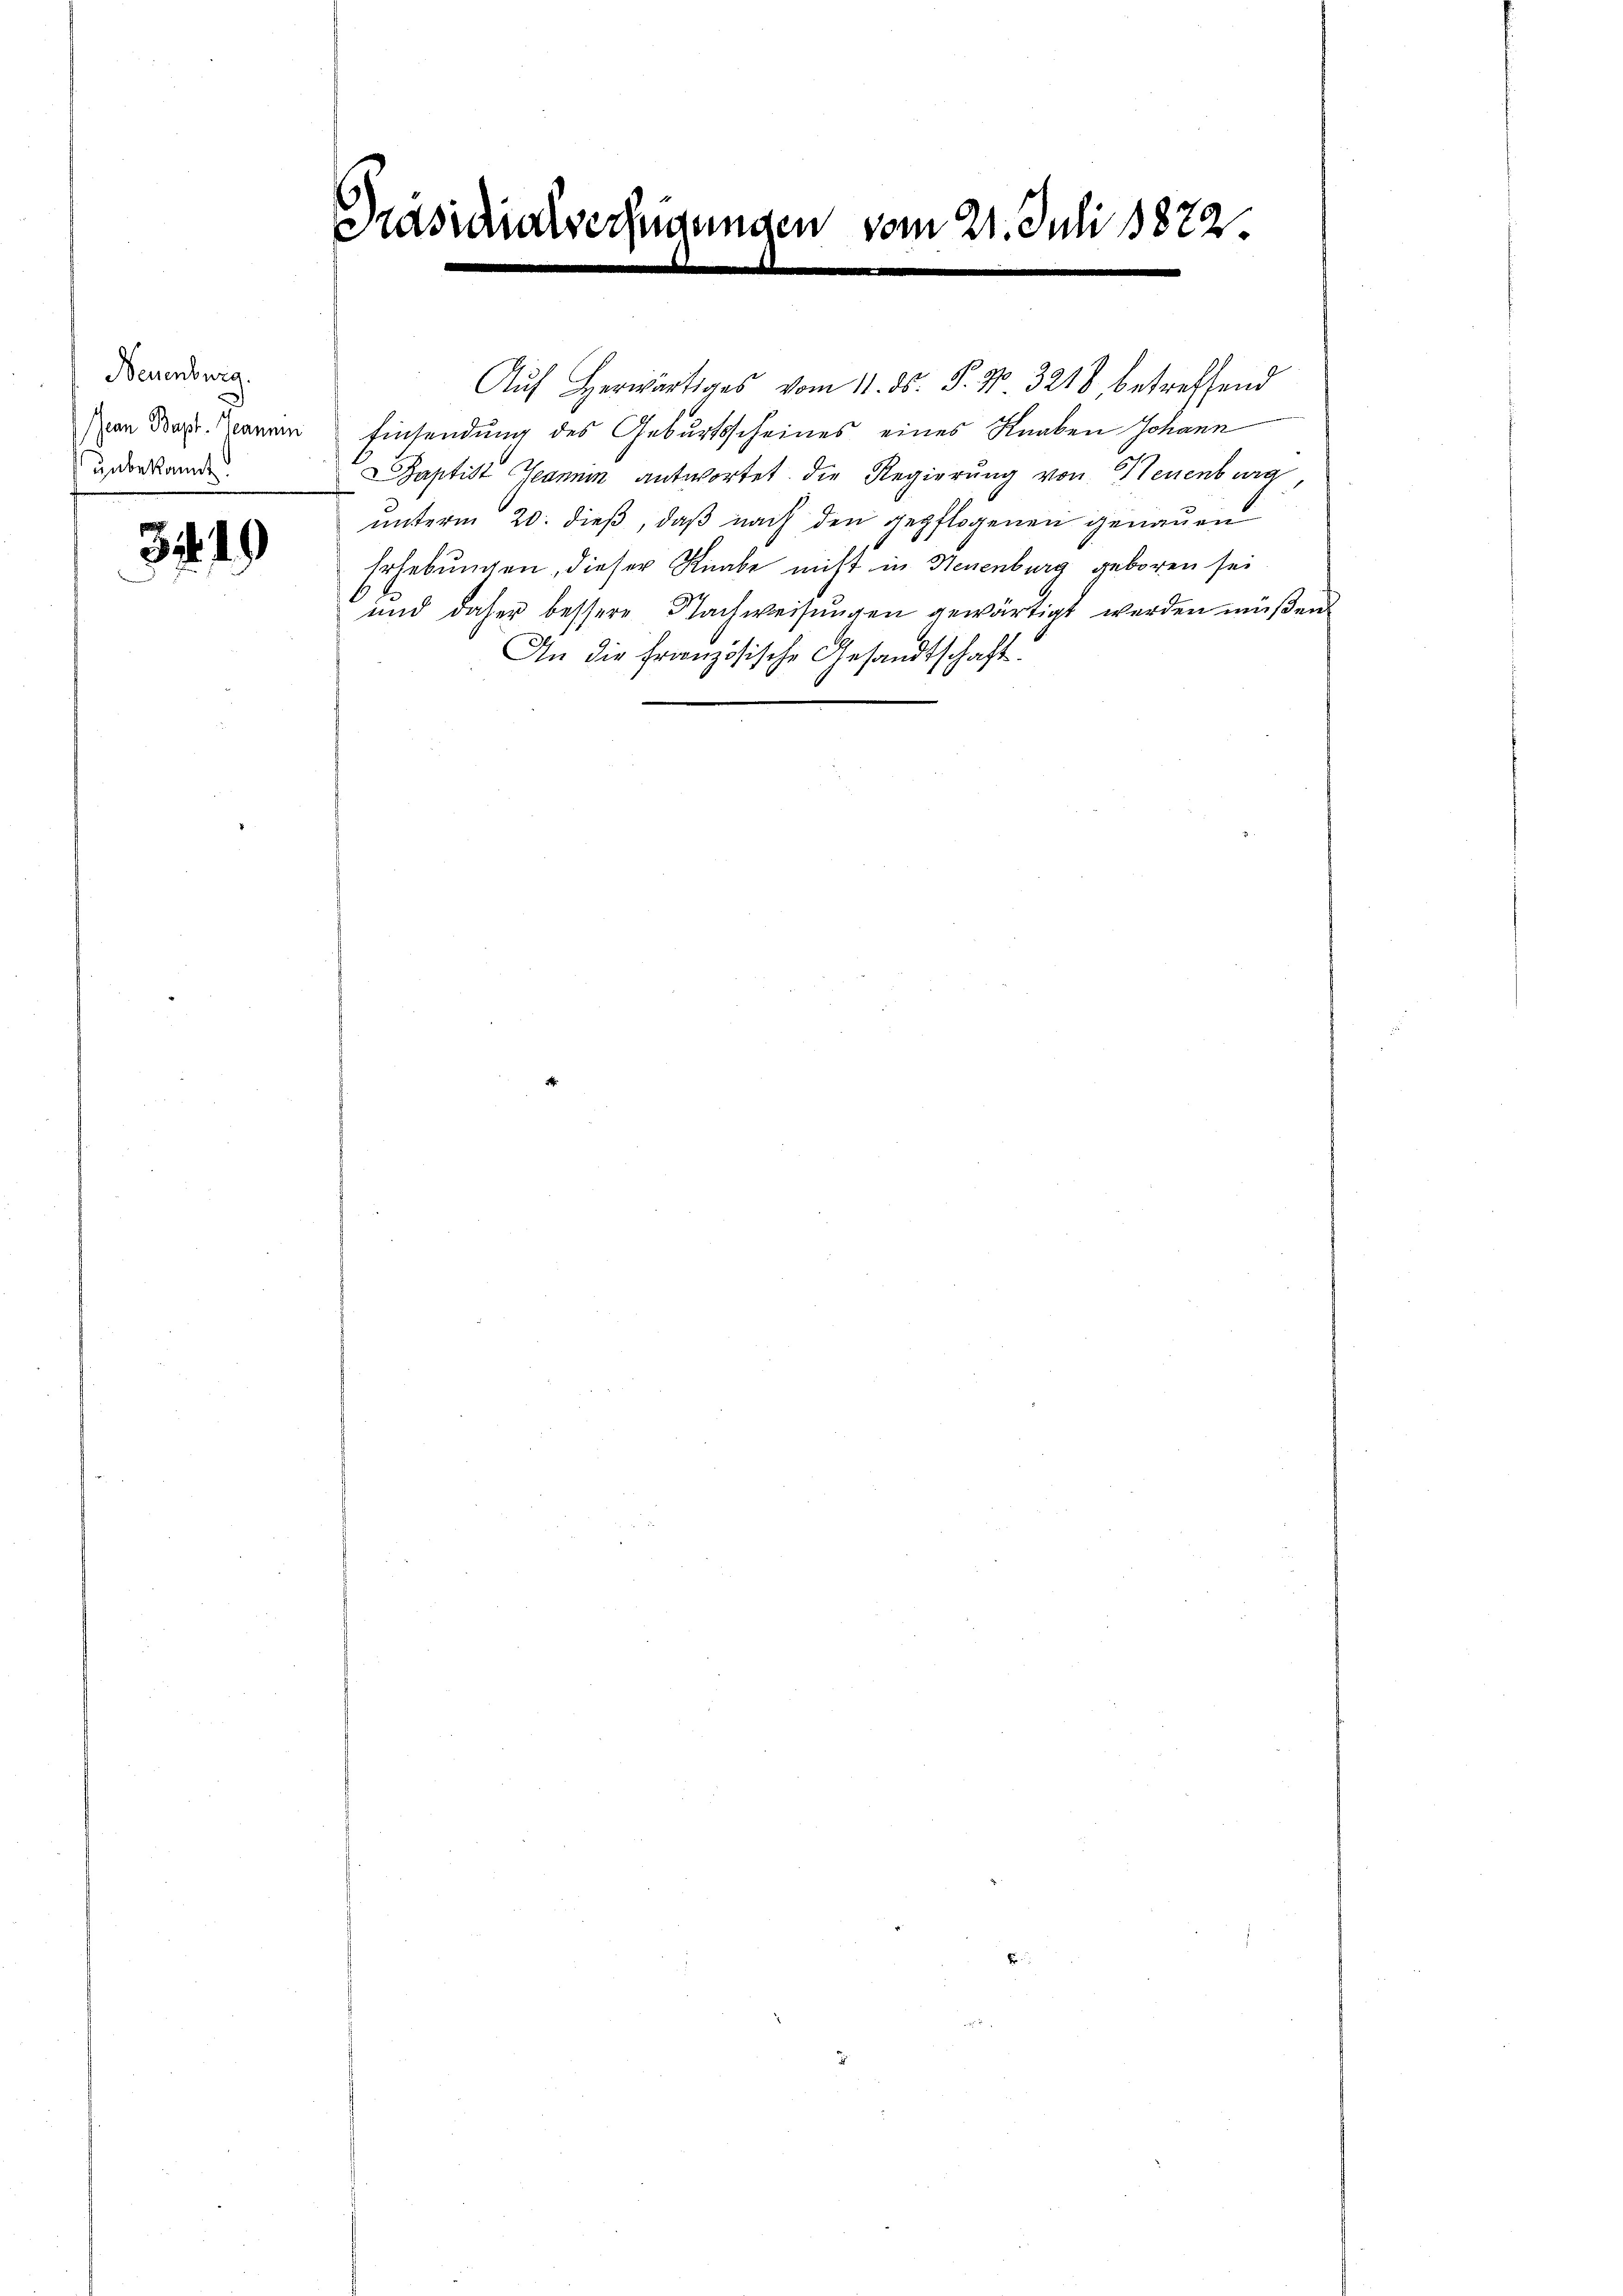
Neuenburg.
Jean Bapt. Jeannen
unbekannt.

3419)

Aŭf herwärtiges vom 11. ds. S. 70. 3218 betreffend
Einsendung des Geburtsscheines eines Knaben Johann
Baptist Jeanne antwortet. Die Regierung von Neuenburg
unterm 20. dieß, daß nach den gepflogenen genauen
Erhebungen, dieser Knabe nicht in Neuenburg geboren sei
und daher bessere Nachweisungen gewärtigt werden müßen
An die Französische Gesandtschaft.

Präsidi

igungen vom 21. Juli 1872.